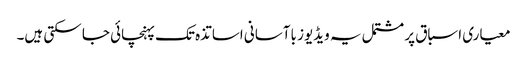
معیاری اسباق پر مشتمل یہ ویڈیوز باآسانی اساتذہ تک پہنچائی جا سکتی ہیں۔